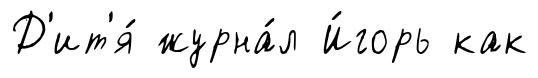
Д'ит'я́ журна́л И́горь как